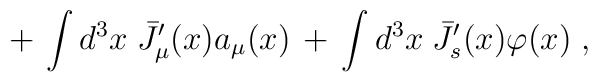
+\, \int d^3x  \; {\bar J}'_\mu(x) a_\mu(x) \,+\,\int d^3 x \; {\bar J}'_s(x)\varphi(x) \;,